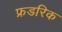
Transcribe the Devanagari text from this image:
फ्रडरिक